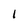
Character: 1